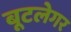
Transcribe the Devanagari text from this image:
बूटलेगर